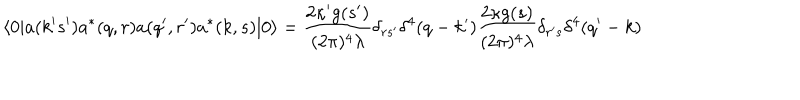
\langle 0 | a ( k ^ { \prime } s ^ { \prime } ) a ^ { * } ( q , r ) a ( q ^ { \prime } , r ^ { \prime } ) a ^ { * } ( k , s ) | 0 \rangle = \frac { 2 \kappa ^ { \prime } g ( s ^ { \prime } ) } { ( 2 \pi ) ^ { 4 } \lambda } \delta _ { r s ^ { \prime } } \delta ^ { 4 } ( q - k ^ { \prime } ) \frac { 2 \kappa g ( s ) } { ( 2 \pi ) ^ { 4 } \lambda } \delta _ { r ^ { \prime } s } \delta ^ { 4 } ( q ^ { \prime } - k )